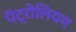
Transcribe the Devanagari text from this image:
पॅट्रोलियम